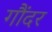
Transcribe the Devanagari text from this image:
गौंदर